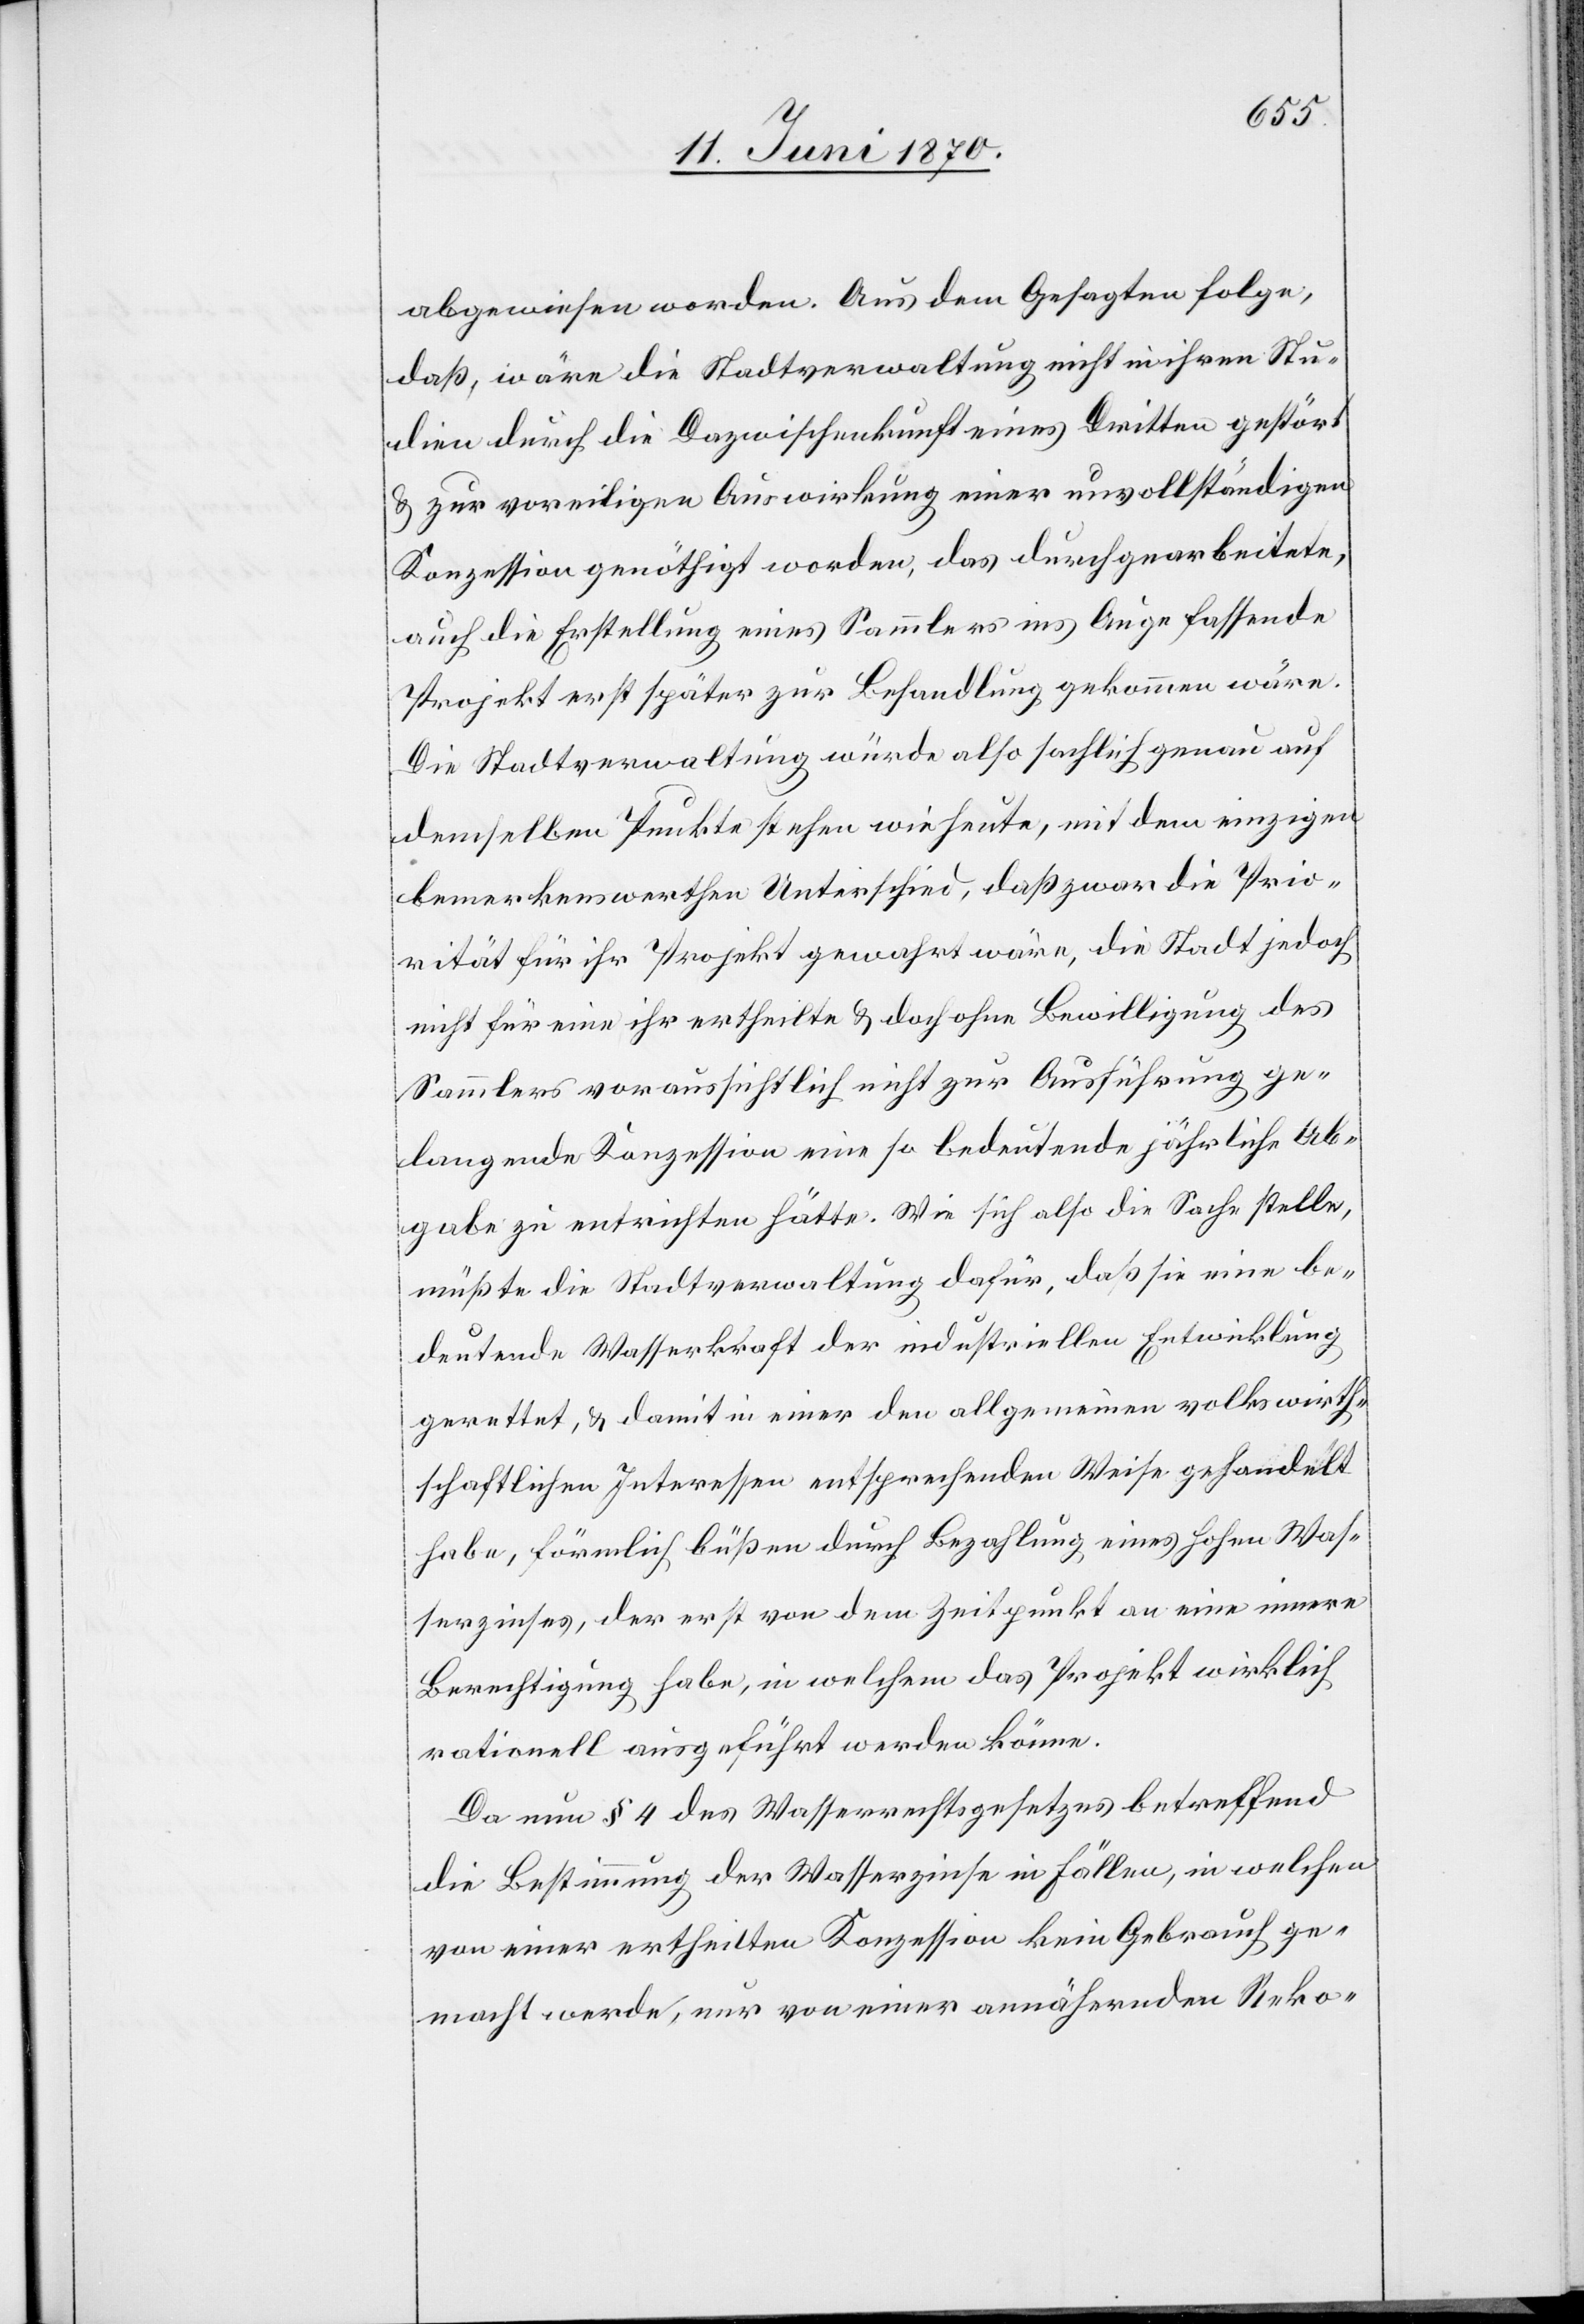
abgewiesen worden. Aus dem Gesagten folge,
daß, wäre die Stadtverwaltung nicht in ihren Stu¬
dien durch die Dazwischenkunft eines Dritten gestört
& zur voreiligen Auswirkung einer unvollständigen
Konzession genöthigt worden, das durchgearbeitete,
auch die Erstellung eines Sammlers ins Auge fassende
Projekt erst später zur Behandlung gekommen wäre.
Die Stadtverwaltung würde also sachlich genau auf
demselben Punkte stehen wie heute, mit dem einzigen
bemerkenswerthen Unterschied, daß zwar die Prio¬
rität für ihr Projekt gewahrt wäre, die Stadt jedoch
nicht für eine ihr ertheilte & doch ohne Bewilligung des
Sammlers voraussichtlich nicht zur Ausführung ge¬
langende Konzession eine so bedeutende jährliche Ab¬
gabe zu entrichten hätte. Wie sich also die Sache stelle,
müßte die Stadtverwaltung dafür, daß sie eine be¬
deutende Wasserkraft der industriellen Entwicklung
gerettet, & damit in einer den allgemeinen volkswirth¬
schaftlichen Interessen entsprechenden Weise gehandelt
habe, förmlich büßen durch Bezahlung eines hohen Was¬
serzinses, der erst von dem Zeitpunkt an eine innere
Berechtigung habe, in welchem das Projekt wirklich
rationell ausgeführt werden könne.
Da nun § 4 des Wasserrechtsgesetzes betreffend
die Bestimmung der Wasserzinse in Fällen, in welchen
von einer ertheilten Konzession kein Gebrauch ge¬
macht werde, nur von einer annähernden Reko-